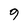
Character: 9